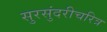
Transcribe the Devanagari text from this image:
सुरसुंदरीचरित्र